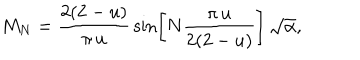
M _ { N } = \frac { 2 ( 2 - u ) } { \pi \, u } \, \sin \left[ N \frac { \pi \, u } { 2 ( 2 - u ) } \right] \, \sqrt { \alpha } ,